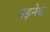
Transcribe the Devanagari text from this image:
गइनेथ